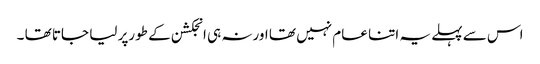
اس سے پہلے یہ اتنا عام نہیں تھا اورنہ ہی انجکشن کے طورپر لیا جاتا تھا ۔